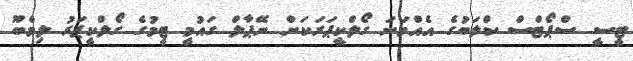
ޓީސީ ސްޕޯޓްސް ކްލަބުގެ އެއްވަނަ ގޯލްކީޕަރަކަށް ނޭޕާލް ގައުމީ ޓީމުގެ ގޯލްކީޕަރު ލިމްބޫ